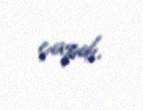
çapdı.